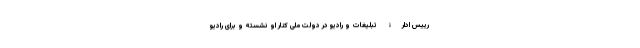
رییس ادارۀ تبلیغات و رادیو در دولت ملی کنار او نشسته و برای رادیو